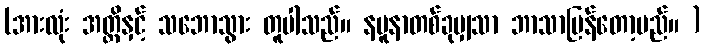
(အားလုံး အတ္ထိနှင့် သဘောသွား တူပါသည်။ နမူနာတစ်ခုမျှသာ ဘာသာပြန်တော့မည်။ )